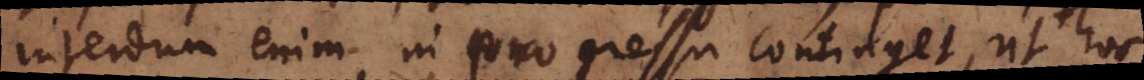
interdum enim in progressu continget, ut hoc